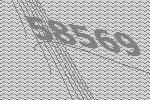
58569